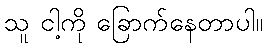
သူ ငါ့ကို ခြောက်နေတာပါ။